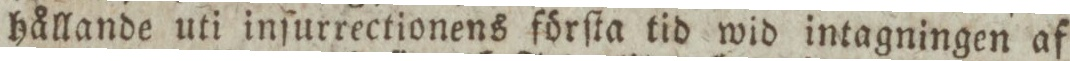
hållande uti inſurrectionens förſta tid wid intagningen af